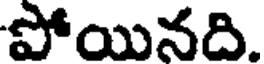
పోయినది.